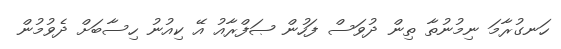
ހަނގުރާމަ ނިމުނުތާ ތިން ދުވަސް ފަހުން ޞަފްރާއު އޭ ކިއުނު ހިސާބަށް ދެވުމުން